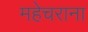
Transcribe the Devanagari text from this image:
महेचराना